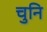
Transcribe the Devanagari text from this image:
चुनि